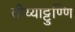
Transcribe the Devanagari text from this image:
तीय्याट्टुण्णि